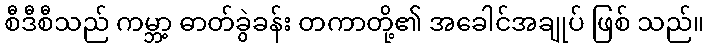
စီဒီစီသည် ကမ္ဘာ့ ဓာတ်ခွဲခန်း တကာတို့၏ အခေါင်အချုပ် ဖြစ် သည်။